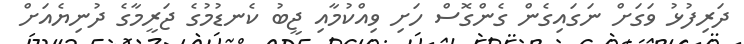
ދަރިފުޅު ވަގަށް ނަގައިގެން ގެންގޮސް ހަށި ވިއްކުމާއި ޖީބު ކެނޑުމުގެ ޖަރީމާގެ ދުނިޔެއަށް